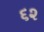
૬૨